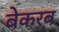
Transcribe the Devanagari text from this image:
बेकरब